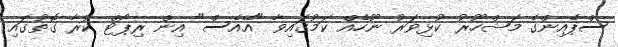
ސްޕެއިންގެ މަޝްހޫރު ކުޅިވަރު ނޫހެއް ކަމުގައިވާ "އޭއެސް" އިން ރިޕޯޓް ކުރާ ގޮތުގައި